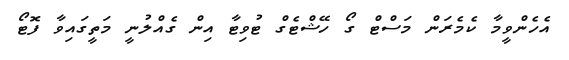
އެހެންވީމާ ކެމެރަން މަސްޓް ގޯ ހޭޝްޓެގް ޓުވިޓާ އިން ގެއްލުނީ މަތީގައިވާ ފޮޓޯ